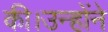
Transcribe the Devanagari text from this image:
की।उन्होंने